Report on the lunatic asylums under the Government of Bombay - 1904-1913
Year: 1904
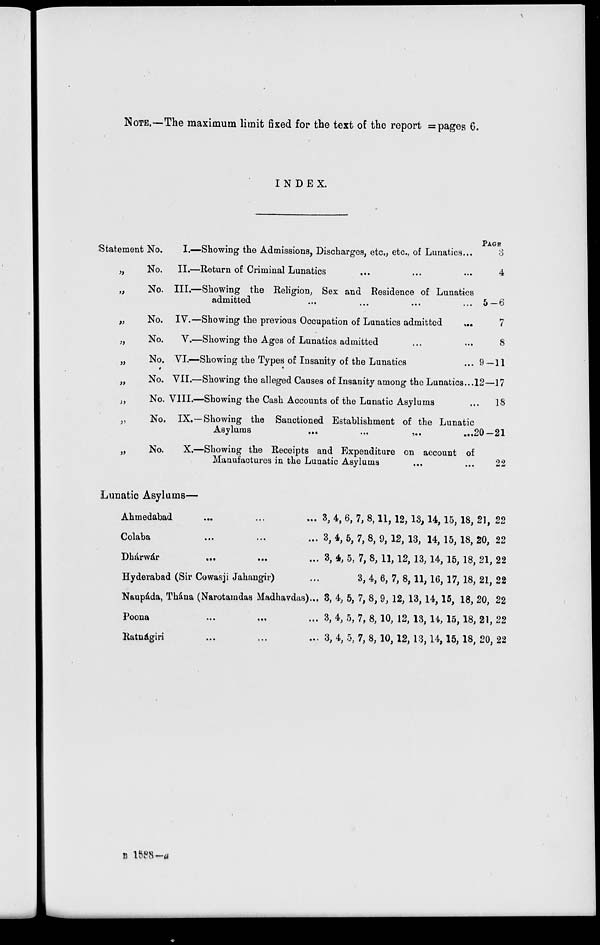
NOTE.—The maximum limit fixed for the text of the report = pages 6.
INDEX.
PAGES
Statement No. I.—Showing the Admissions, Discharges, etc., etc., of Lunatics ...
„
No. II.—Return of Criminal Lunatics ...
„
No. III.—Showing the Religion, Sex and Residence of Lunatics
admitted ... ... ... ...
„
No. IV.—Showing the previous Occupation of Lunatics admitted ...
„
No.
V.—Showing the Ages of Lunatics admitted ... ...
„
No. VI.—Showing the Types of Insanity of the Lunatics ...
„ No. VII.—Showing the alleged Causes of Insanity among the Lunatics ...
„
No. VIII.—Showing the Cash Accounts of the Lanatic Asylums ...
„
No. IX.—Showing the Sanctioned Establishment of the Lunatic
Asylums
...
...
...
...
„
No.
X.—Showing the Receipts and Expenditure on account of
Manufactures in the Lunatic Asylums ... ...
3
4
5—6
7
8
9—11
12—17
18
20—21
22
Lunatic Asylums—
Ahmedabad
...
...
...
Colaba ... ... ...
Dhárwár ... ... ...
Hyderabad (Sir Cowasji Jahangir) ...
Naupáda, Thána (Narotamdas Madhavdas) ...
Poona
...
...
...
Ratnágiri ... ... ...
3, 4, 6, 7, 8,11,12, 13,14,15,18, 21, 22
3, 4, 5, 7, 8, 9, 12, 13, 14, 15, 18, 20, 22
3, 4, 5, 7, 8,11,12, 13,14,15,18, 21, 22
3, 4, 6, 7, 8,11,16, 17, 18, 21, 22
3, 4, 5, 7, 8, 9, 12, 13,14,15, 18, 20, 22
3, 4, 5, 7, 8, 10, 12, 13,14, 15,18, 21, 22
3, 4, 5, 7, 8, 10, 12,13,14,15, 18, 20, 22
B 1588—a